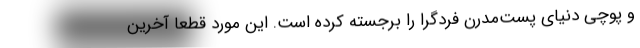
و پوچی دنیای پست‌مدرن فردگرا را برجسته کرده است. این مورد قطعا آخرین